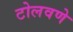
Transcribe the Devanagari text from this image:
टोलवणे